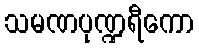
သမဏပုဏ္ဍရီကော